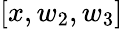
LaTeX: [x,w_{2},w_{3}]